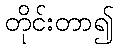
တိုင်းတာ၍